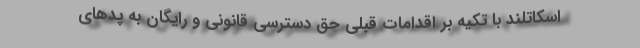
اسکاتلند با تکیه بر اقدامات قبلی حق دسترسی قانونی و رایگان به پدهای